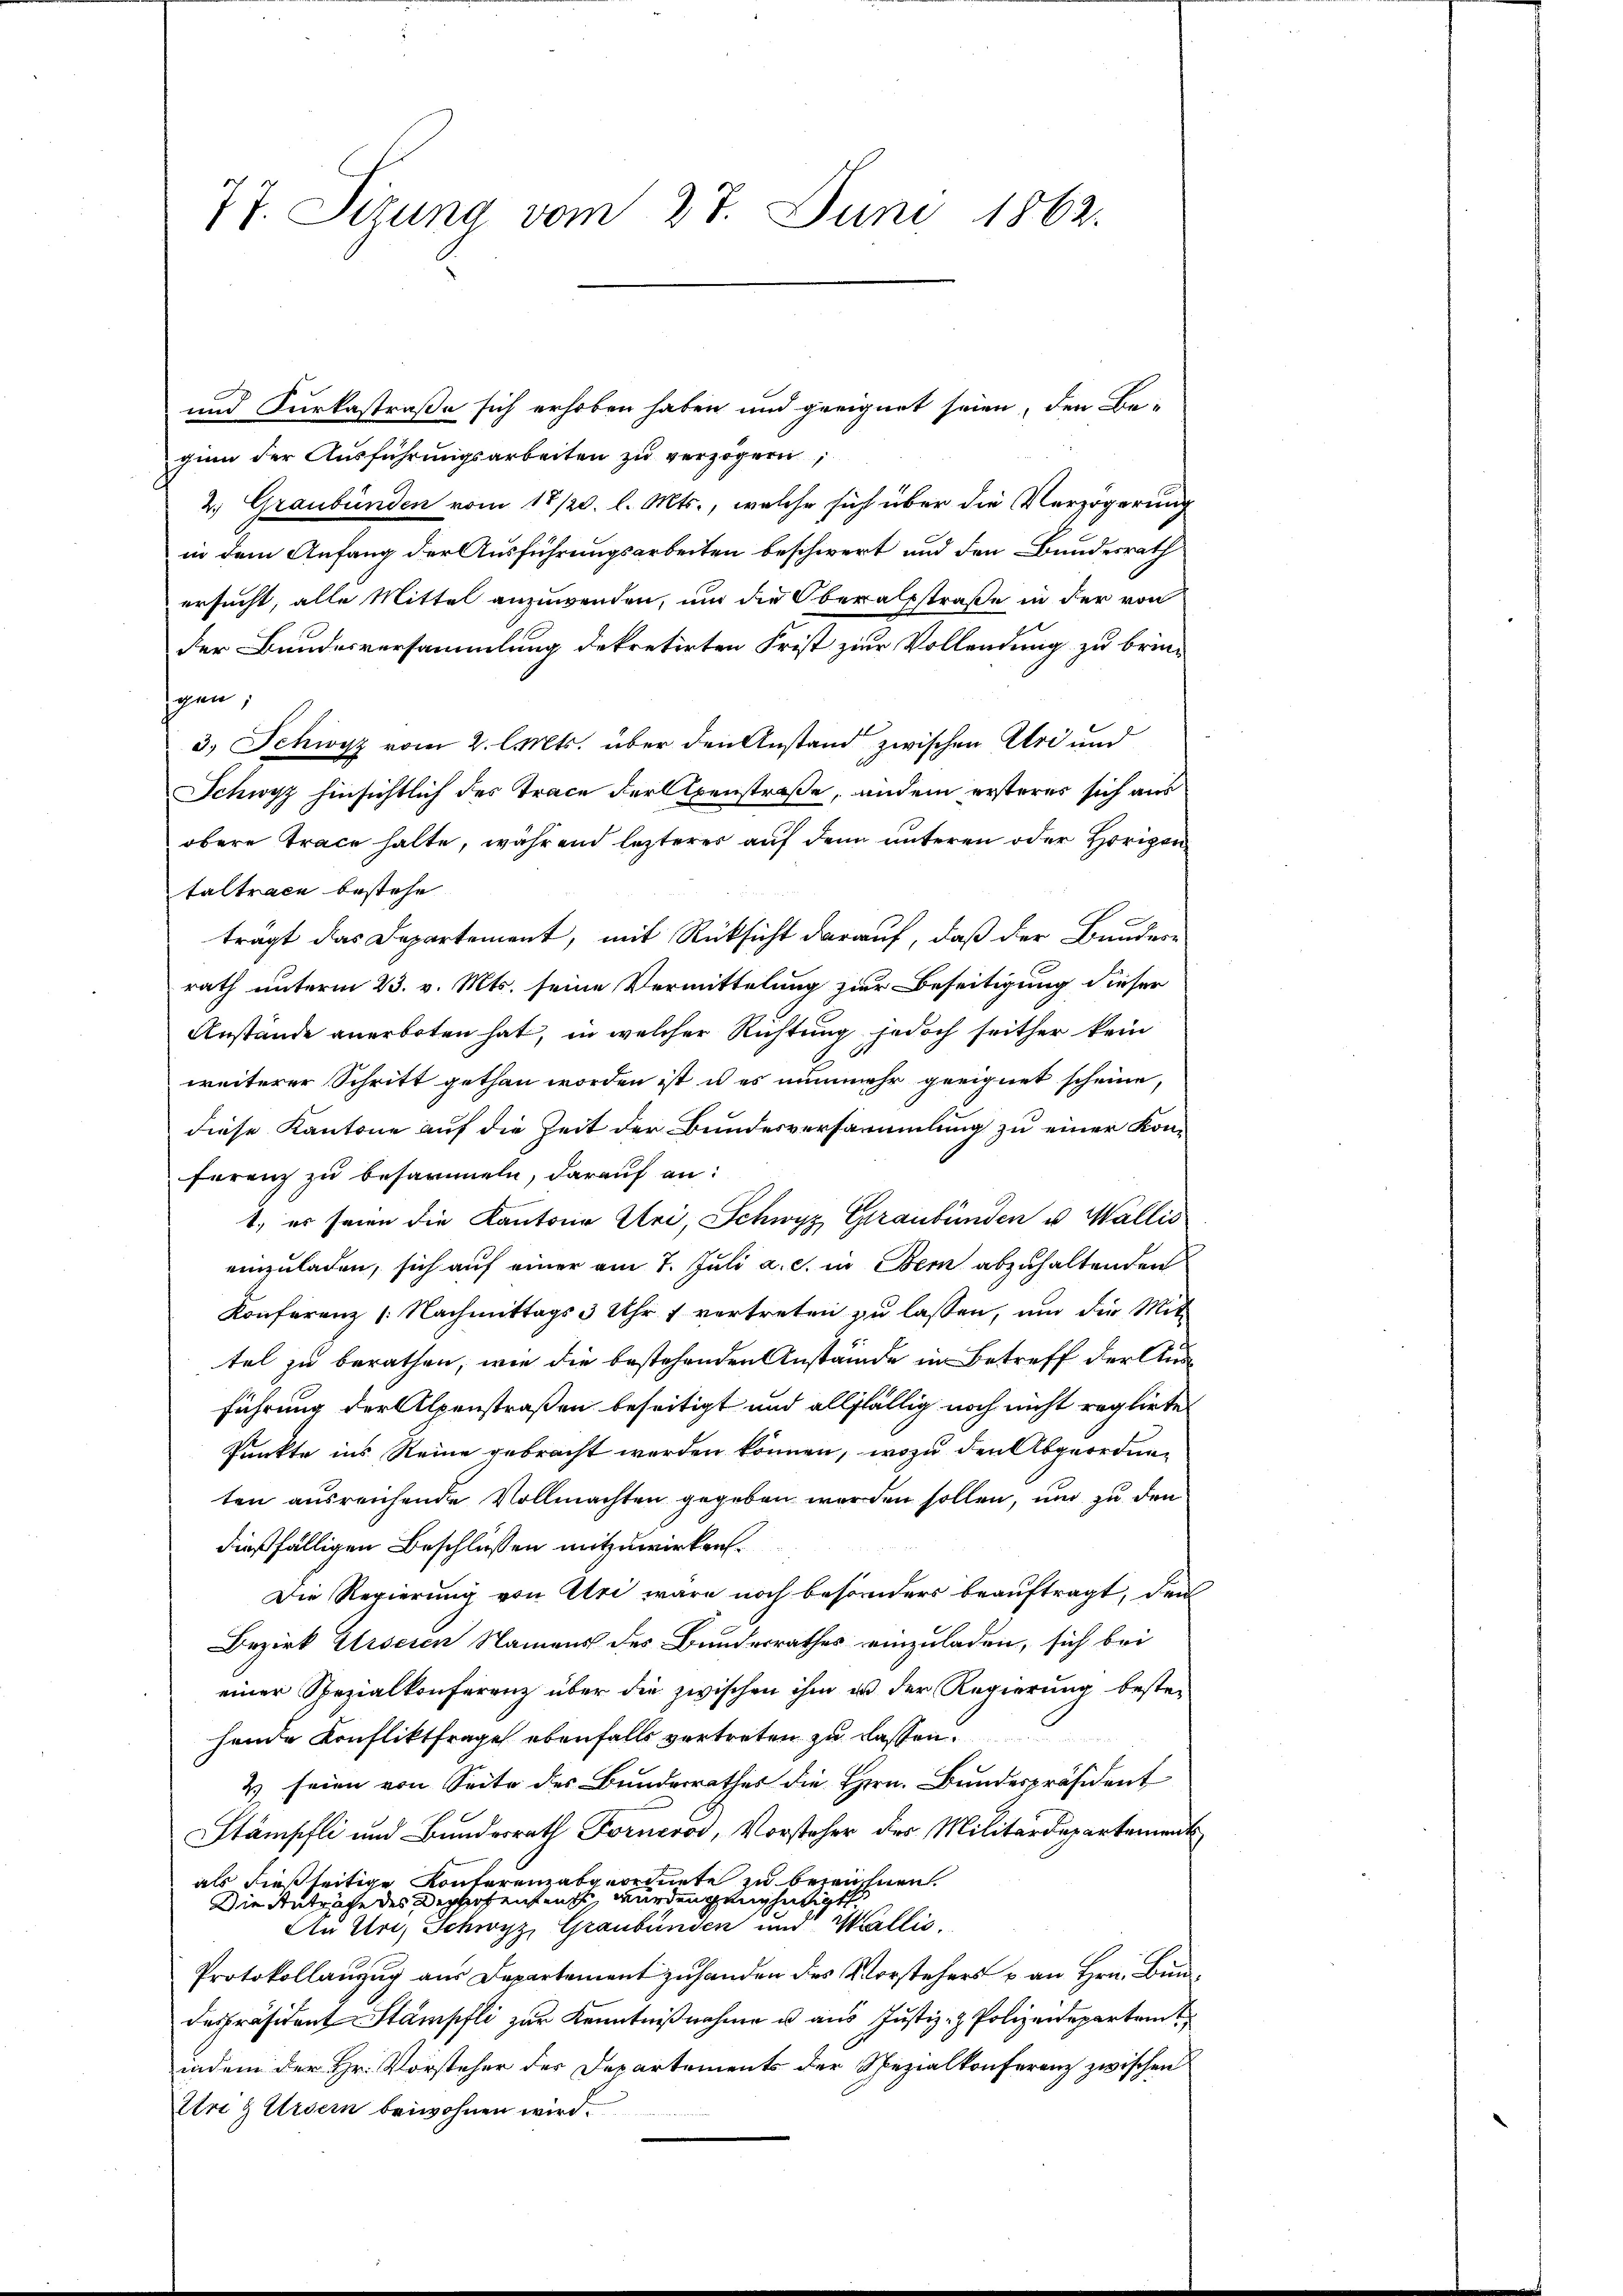
77. Sizung vom 27. Juni 1862.

und Furkastraße sich erhoben haben und geeignet seien, den Be-
gion der Ausführungsarbeiten zu verzögern,
2. Graubünden vom 17/20. l. Mts., welche sich über die Verzögerung
in dem Anfang der Ausführungsarbeiten beschwert und den Bundesrath
ersucht, alle Mittel anzuwenden, und die Oberatsstraße in der von
der Bundesversammlung dekretirten Frist zur Vollendung zu brin-
gen;
3.) Schwyz vom 2. l. Mts. über den Anstand zwischen Uri und
Schwyz hinsichtlich des Trace der Alpenstraße, andem ersteres sich aus
obere Trace halte, während lezterer auf den unteren oder Hörigen
taltrace bestehe
tragt das Departement, mit Rücksicht darauf, daß der Bundern
rath unterm 23. v. Mts. seine Vermittelung zur Beseitigung dieser
Anstände anerboten hat, in welcher Richtung jedoch seither kein
weiterer Schritt gethan worden ist, u es nunmehr geeignet scheine,
diese Kantone auf die Zeit der Bundesversammlung zu einer Konferenz zu besammen, darauf an:
1. es seien die Kantone Uri, Schwyz Graubünden u. Wallis
einzuladen, sich auf einer am 7. Juli a. c. in Bern abzuhaltenden
Konferenz (Nachmittags 3 Uhr 7 vertreten zu lassen, und die Mit-
tel zu berathen, wie die bestehenden Anstände in Betreff der Ausführung der Alpenstraßen beseitigt und allfällig noch nicht reglirte
Punkte ins Reine gebracht worden können, wozu den Abgeordneten ausreichende Vollmachten gegeben werden sollen, und zu den
dießfälligen Beschlüssen mitzuwirken.
Die Regierung von Uri wäre noch besonders beauftragt, den
Bezirk Urseren Namens des Bundesrathes einzuladen, sich bei
einer Spezialkonferenz über die zwischen ihm in der Regierung bester

hende Konfliktfrage ebenfalls vertreten zu lassen.
2 seien von Seite des Bundesrathes die Hern. Bundespräsident
Stämpfli und Bundesrath Forneros, Vorsteher des Militärdepartement
als dießseitige Konferenzabgeordnete zu bezeichnen.
Die Antrache des Depotenten wurden genthätigt
Au Uri, Schwyz, Graubünden und Wallis,
Protokollanzug aus Departement zu handen des Vorstehers u. an Hrn. Bundes Präsident Stämpfli zur Kenntnißnahme u. aus Justiz- & Polizeidepartei
indem der Hr. Vorsteher des Departements der Spezialkonferenz zwischen
Etri g Ursern beiwohnen wird.